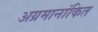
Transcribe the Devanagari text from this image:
अग्रमानांकित